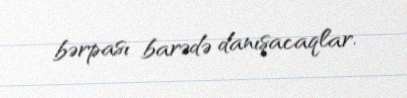
bərpası barədə danışacaqlar.